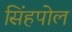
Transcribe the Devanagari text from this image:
सिंहपोल